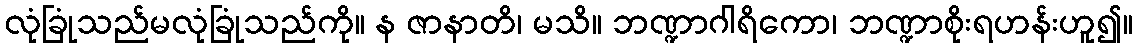
လုံခြုံသည်မလုံခြုံသည်ကို။ န ဇာနာတိ၊ မသိ။ ဘဏ္ဍာဂါရိကော၊ ဘဏ္ဍာစိုးရဟန်းဟူ၍။